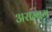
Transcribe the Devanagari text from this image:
अराम्बम